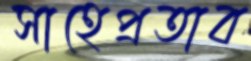
সাহেপ্রতাব